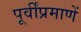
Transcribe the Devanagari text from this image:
पूर्वींप्रमाणें